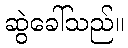
ဆွဲခေါ်သည်။